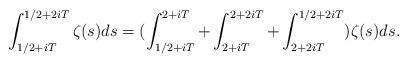
LaTeX: \begin{align*}\int_{{1}/{2}+iT}^{{1}/{2}+2iT}\zeta(s)ds =(\int_{{1}/{2}+iT}^{2+iT}+ \int_{2+iT}^{2+2iT}+\int_{2+2iT}^{{1}/{2}+2iT})\zeta(s)ds. \end{align*}